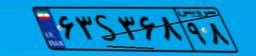
۷۸S۹۶۵۴۹